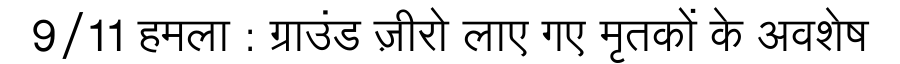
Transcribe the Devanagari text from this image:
9/11 हमला : ग्राउंड ज़ीरो लाए गए मृतकों के अवशेष